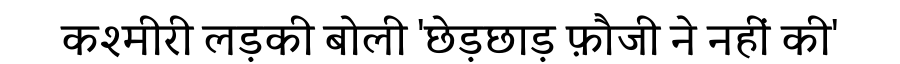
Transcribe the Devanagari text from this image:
कश्मीरी लड़की बोली 'छेड़छाड़ फ़ौजी ने नहीं की'